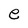
Character: e